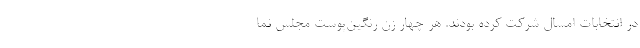
در انتخابات امسال شرکت کرده بودند. هر چهار زن رنگین‌پوست مجلس نما